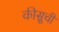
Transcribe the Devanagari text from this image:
कीसूची